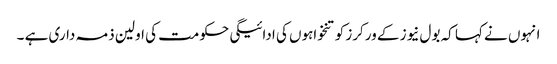
انہوں نے کہا کہ بول نیوز کے ورکرز کو تنخواہوں کی ادائیگی حکومت کی اولین ذمہ داری ہے ۔